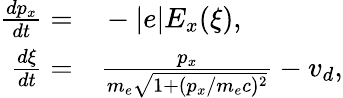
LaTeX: \begin{array}{rl}{\frac{dp_{x}}{dt}=}&{{}-|e|E_{x}(\xi),}\\ {\frac{d\xi}{dt}=}&{{}\frac{p_{x}}{m_{e}\sqrt{1+(p_{x}/m_{e}c)^{2}}}-v_{d},}\end{array}